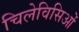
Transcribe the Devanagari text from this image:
चिलेविसिओं